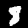
Digit: 8